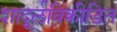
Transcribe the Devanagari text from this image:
शादूर्लविक्रीडित